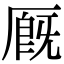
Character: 厩